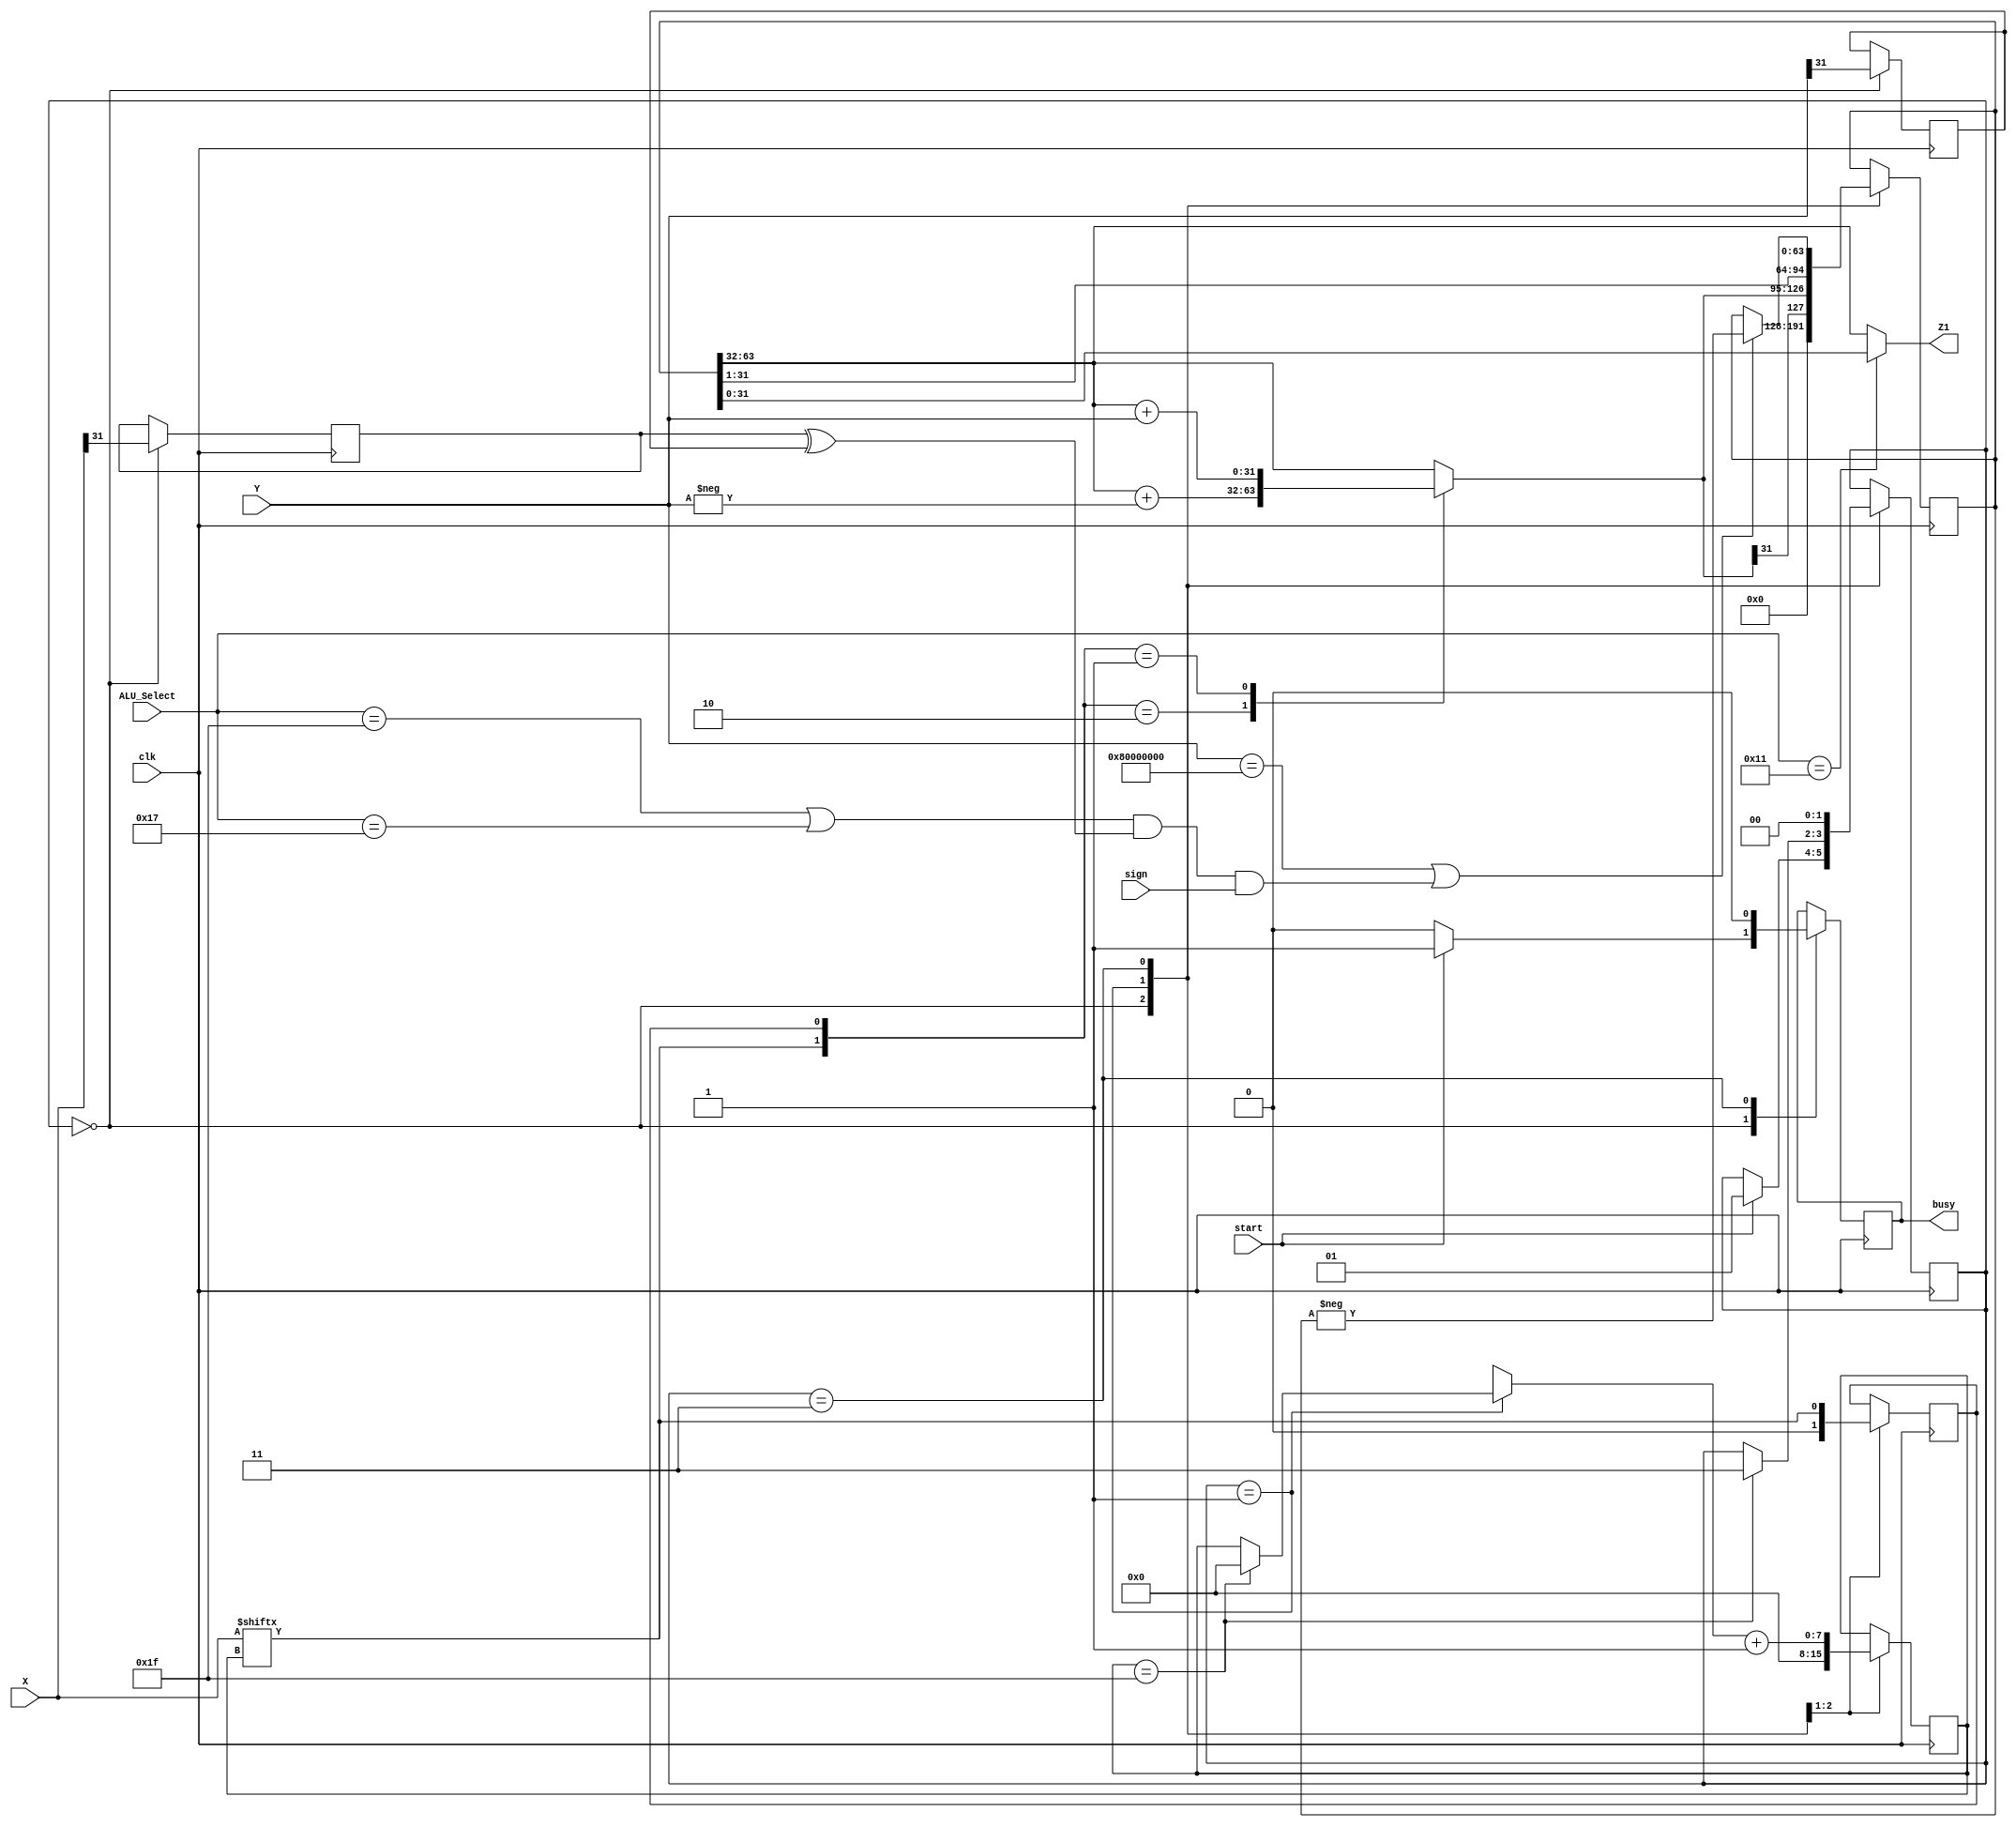
module booth(
	
	   input                clk        ,
	   input  signed [31:0] X          , 
	   input  signed [31:0] Y          ,
	   output signed [31:0] Z1         ,
	   input         [4:0]  ALU_Select ,
	   input        		sign       ,
	   input 				start      ,
	   output reg 			busy
);
      
 reg    signed [63:0] Z;	 	 
 reg [1:0] temp;		
 integer i;
 reg E1;	  
 reg [31:0] Y1; 
 localparam IDLE  =2'b00 ;
 localparam MUL   =2'b01 ;
 localparam NEXT  =2'b10 ;
 localparam DONE  =2'b11 ;
 reg        [7:0]   counter;
 reg 		[1:0]   state=IDLE;
 reg        x_isaret;
 reg        y_isaret;

assign Z1=(ALU_Select==5'b10001)? Z[31:0]:Z[63:32];
		 
always @ (negedge clk) begin
	case(state)
		IDLE:begin
			busy=0;
			 Z = 64'd0;
			 E1 = 1'd0;
			 counter=8'b0;
			 x_isaret=X[31];
			 y_isaret=Y[31];
			 if(start==1)begin
				state=MUL;
				busy=1;
			 end
		end
		MUL:begin
			temp = {X[counter], E1};
			Y1 = - Y;
			case (temp)
				 2'd2 : Z [63 : 32] = Z [63 :32] + Y1;
				 2'd1 : Z [63 : 32] = Z [63 : 32] + Y;
				 default : begin end
			endcase
			Z = Z >>> 1;	
			E1 = X[counter];
			if(counter==8'd31)begin
				state=DONE;
				counter=0;
			end
			counter=counter+1;
		end
		DONE:begin
			if (Y == 32'h8000_0000 ||((ALU_Select==5'b11111 || ALU_Select==5'b10111)&&(x_isaret^y_isaret)&&sign))begin
				Z = - Z;
			end
			state=IDLE;
			busy=0;
		end
	endcase
end
endmodule